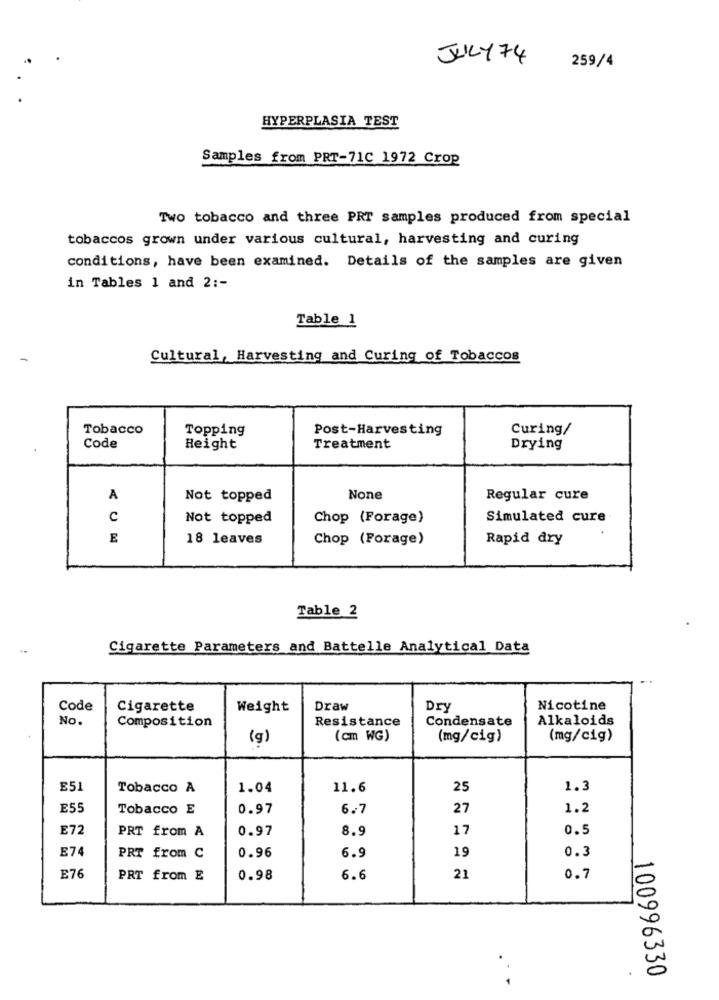
JULY 74
259/4
HYPERPLASIA TEST
Samples from PRT-71C 1972 Crop
Two tobacco and three PRT samples produced from special
tobaccos grown under various cultural, harvesting and curing
conditions, have been examined. Details of the samples are given
in Tables 1 and 2 :-
Table 1
Cultural, Harvesting and Curing of Tobaccos
Tobacco
Topping
Post-Harvesting
Curing/
Code
Height
Treatment
Drying
A
Not topped
Regular cure
c
Not topped
Chop (Forage)
Simulated cure
E
18 leaves
Chop (Forage)
Rapid dry
Table 2
Cigarette Parameters and Battelle Analytical Data
Code
Cigarette
Weight
Draw
Dry
Nicotine
No.
Composition
Resistance
Condensate
Alkaloids
(g)
(cm WG)
(mg/cig)
(mg/cig)
E51
Tobacco A
1.04
11.6
25
1.3
E55
Tobacco E
0.97
6.7
27
1.2
E72
PRT from A
0.97
8.9
17
0.5
E74
19
PRT from C
0.96
6.9
0.3
E76
PRT from E
0.98
6.6
21
0.7
100996330